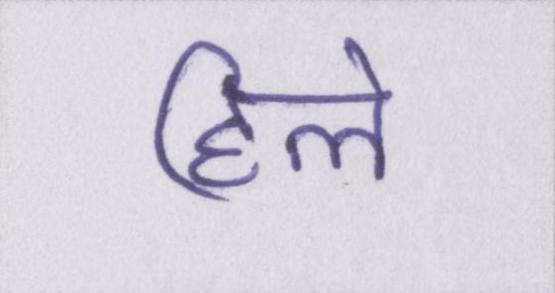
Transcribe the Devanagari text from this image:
हिले